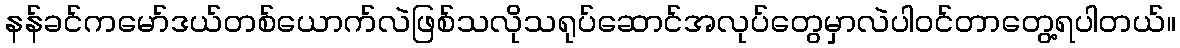
နန်ခင်ကမော်ဒယ်တစ်ယောက်လဲဖြစ်သလိုသရုပ်ဆောင်အလုပ်တွေမှာလဲပါဝင်တာတွေ့ရပါတယ်။